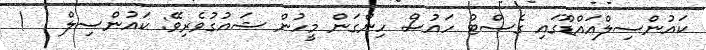
ކައުންސިލްއައްޑޫގައި ގެސްޓު ހައުސް ހިންގަން މީހުން ޝައުގުވެރިވޭ: ކައުންސިލް   !